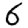
Digit: 6